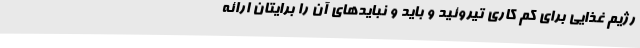
رژیم غذایی برای کم کاری تیروئید و باید و نبایدهای آن را برایتان ارائه